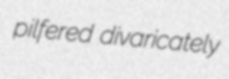
pilfered divaricately